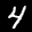
Label: 4